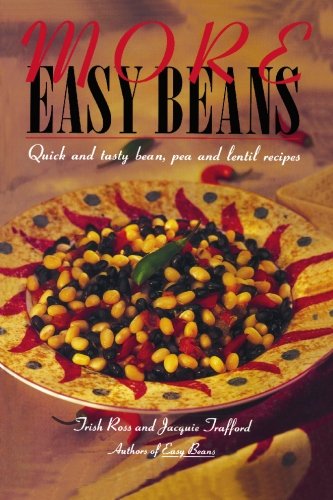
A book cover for More Easy Beans: Quick and tasty bean, pea and lentil recipes; Trish Ross; Cookbooks, Food & Wine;